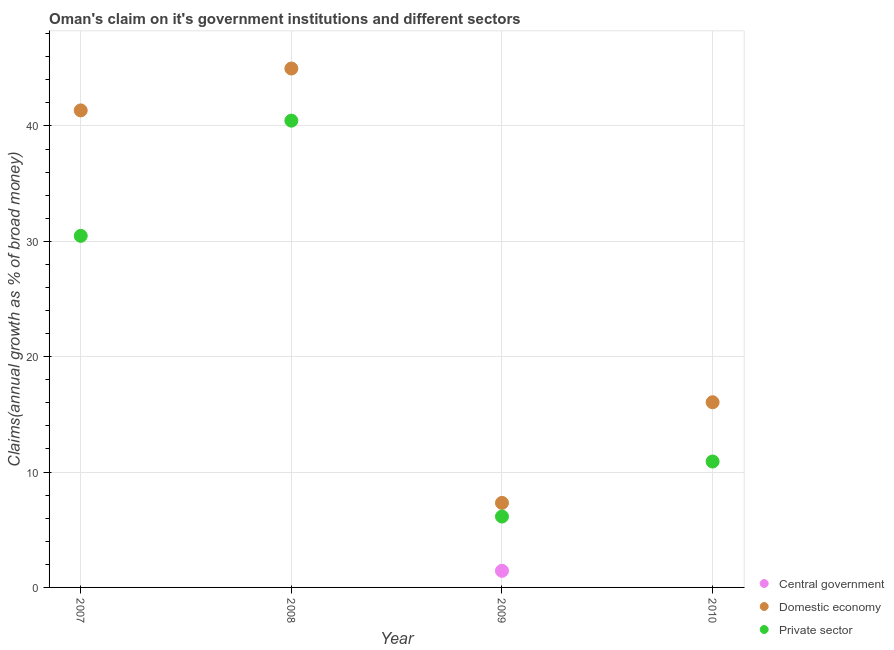
| Year | Central government | Domestic economy | Private sector |
 | --- | --- | --- | --- |
 | 2007 | -11.4 | 41.3 | 30.5 |
 | 2008 | -20.4 | 45 | 40.5 |
 | 2009 | 1.44 | 7.33 | 6.14 |
 | 2010 | -4.07 | 16.1 | 10.9 |